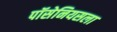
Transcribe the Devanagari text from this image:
पॉसेनियसला